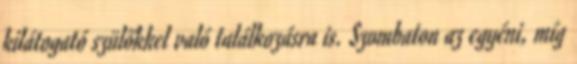
kilátogató szülőkkel való találkozásra is. Szombaton az egyéni, míg